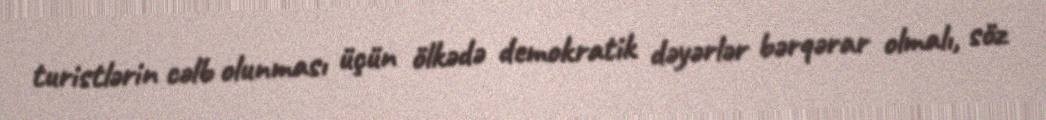
turistlərin cəlb olunması üçün ölkədə demokratik dəyərlər bərqərar olmalı, söz